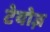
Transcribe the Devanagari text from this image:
टेयोज़